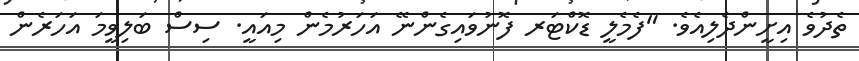
ތެދުވެ އިށީންދެލިއެވެ. "ފެމެލީ ޑޮކްޓަރ ފޮނުވައިގެންނޭ އަހަރުމެން މިއައީ. ސިސް ބަލިވީމަ އަހަރެން